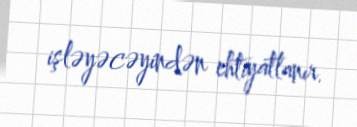
işləyəcəyindən ehtiyatlanır.